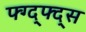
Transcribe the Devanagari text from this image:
फ्ग्द्फ्द्स